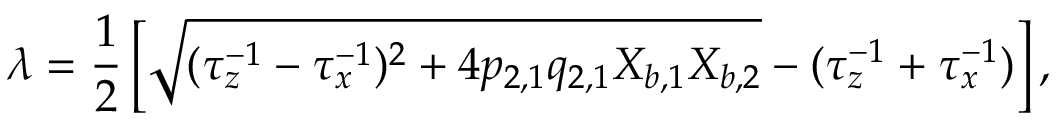
\lambda = \frac { 1 } { 2 } \left[ \sqrt { ( \tau _ { z } ^ { - 1 } - \tau _ { x } ^ { - 1 } ) ^ { 2 } + 4 p _ { 2 , 1 } q _ { 2 , 1 } X _ { b , 1 } X _ { b , 2 } } - ( \tau _ { z } ^ { - 1 } + \tau _ { x } ^ { - 1 } ) \right] ,